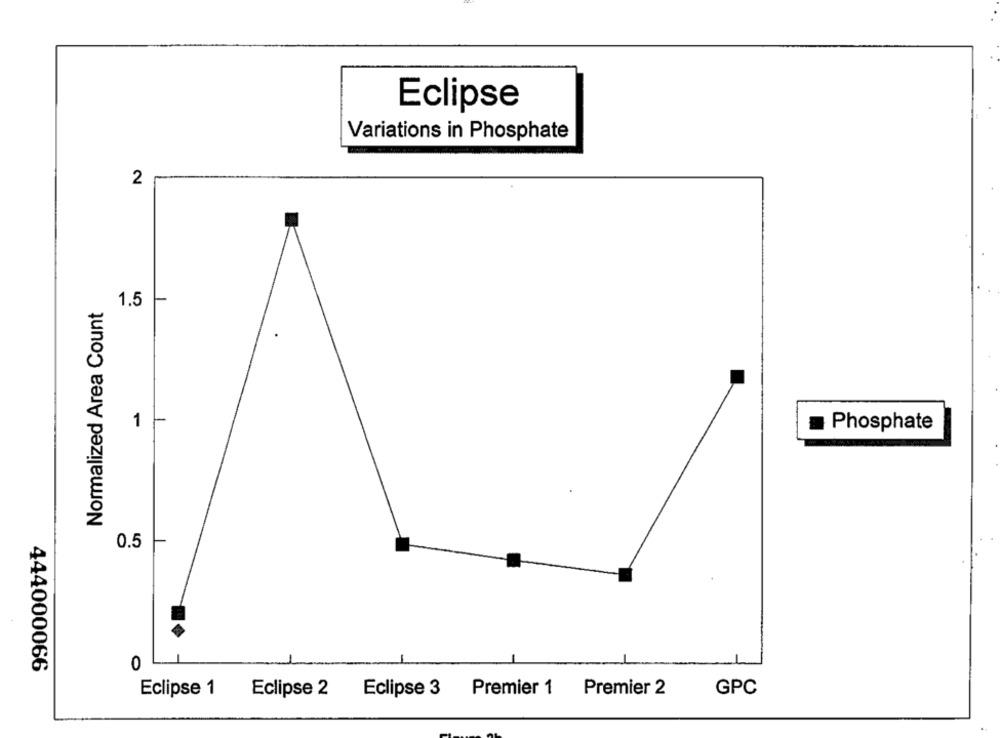
Eclipse
Variations in Phosphate
2
Normalized Area Count
1.5
1
Phosphate
0.5
0
444000066
Eclipse 1
Eclipse 2
Eclipse 3 Premier 1 Premier 2
GPC